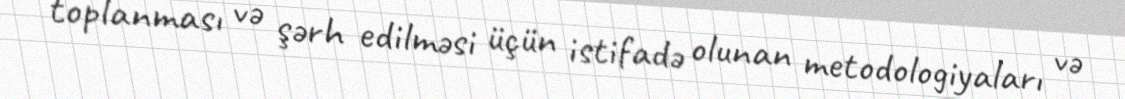
toplanması və şərh edilməsi üçün istifadə olunan metodologiyaları və